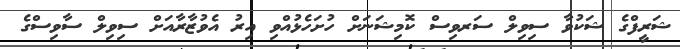
ޝަރީފްގެ ޝަކުވާ ސިވިލް ސަރވިސް ކޮމިޝަނަށް ހުށަހެޅުއްވި އިރު އެވުޒާރާއަށް ސިވިލް ސާވިސްގެ